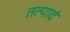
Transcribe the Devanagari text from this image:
तत्पादं